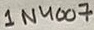
Text: 1N4007